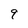
Character: 9